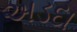
અડદા